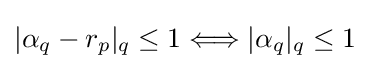
|\alpha _{q}-r_{p}|_{q}\leq 1\Longleftrightarrow |\alpha _{q}|_{q}\leq 1